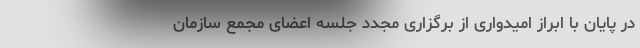
در پایان با ابراز امیدواری از برگزاری مجدد جلسه اعضای مجمع سازمان